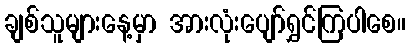
ချစ်သူများနေ့မှာ အားလုံးပျော်ရွှင်ကြပါစေ။